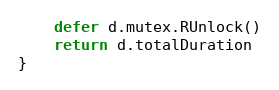
Language: Go
	defer d.mutex.RUnlock()
	return d.totalDuration
}